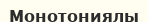
Монотониялы